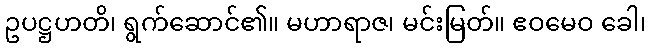
ဥပဋ္ဌဟတိ၊ ရွက်ဆောင်၏။ မဟာရာဇ၊ မင်းမြတ်။ ဧဝမေဝ ခေါ၊